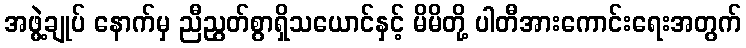
အဖွဲ့ချုပ် နောက်မှ ညီညွတ်စွာရှိသယောင်နှင့် မိမိတို့ ပါတီအားကောင်းရေးအတွက်